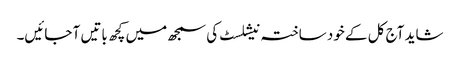
شاید آج کل کے خود ساختہ نیشلسٹ کی سمجھ میں کچھ باتیں آ جائیں۔